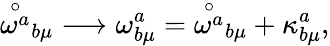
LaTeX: {\stackrel{\circ}{\omega^{a}}}_{b\mu}\longrightarrow\omega_{b\mu}^{a}={\stackrel{\circ}{\omega^{a}}}_{b\mu}+\kappa_{b\mu}^{a},